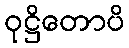
ဝုဋ္ဌိတောပိ